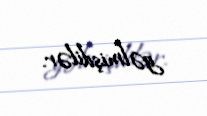
gəlmişdilər.